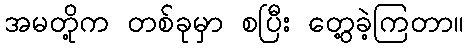
အမတို့က တစ်ခုမှာ စပြီး တွေ့ခဲ့ကြတာ။